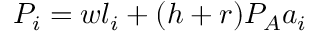
P _ { i } = w l _ { i } + ( h + r ) P _ { A } a _ { i }